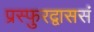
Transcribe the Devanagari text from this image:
प्रस्फुरद्वाससं